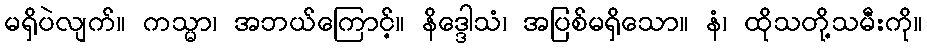
မရှိပဲလျက်။ ကသ္မာ၊ အဘယ်ကြောင့်။ နိဒ္ဒေါသံ၊ အပြစ်မရှိသော။ နံ၊ ထိုသတို့သမီးကို။